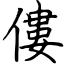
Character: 僂